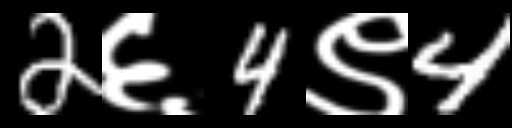
Text: 2६4९4